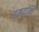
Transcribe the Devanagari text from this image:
दमयन्ति